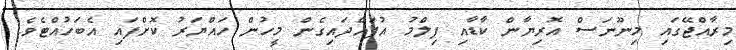
މިރާއްޖޭގައި މިނޫނަސް އޮރިޔާން ކާޑާއި ފިލްމު އުފައްދައިގެން މީހުން ހައްޔަރު ކޮށްފައި އެބަހުއްޓެވެ.